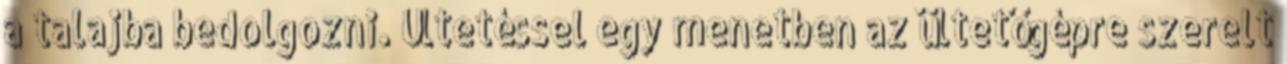
a talajba bedolgozni. Ültetéssel egy menetben az ültetőgépre szerelt